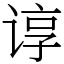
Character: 谆